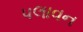
પલાવન